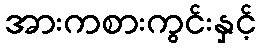
အားကစားကွင်းနှင့်